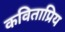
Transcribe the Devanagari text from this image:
कविताप्रिय